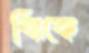
ঝিকে